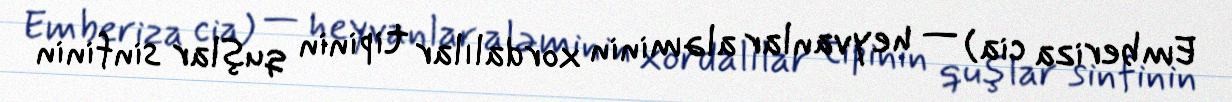
Emberiza cia) — heyvanlar aləminin xordalılar tipinin quşlar sinfinin